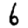
Digit: 6